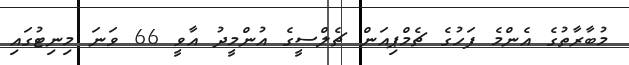
މުބާރާތުގެ އެންމެ ފަހުގެ ޗެމްޕިއަން ޗެލްސީގެ އުންމީދު އާވީ 66 ވަނަ މިނިޓުގައި